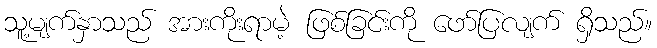
သူ့မျက်နှာသည် အားကိုးရာမဲ့ ဖြစ်ခြင်းကို ဖော်ပြလျက် ရှိသည်။